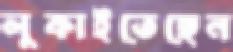
লুকাইতেছেন